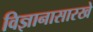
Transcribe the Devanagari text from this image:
विज्ञानासारखे